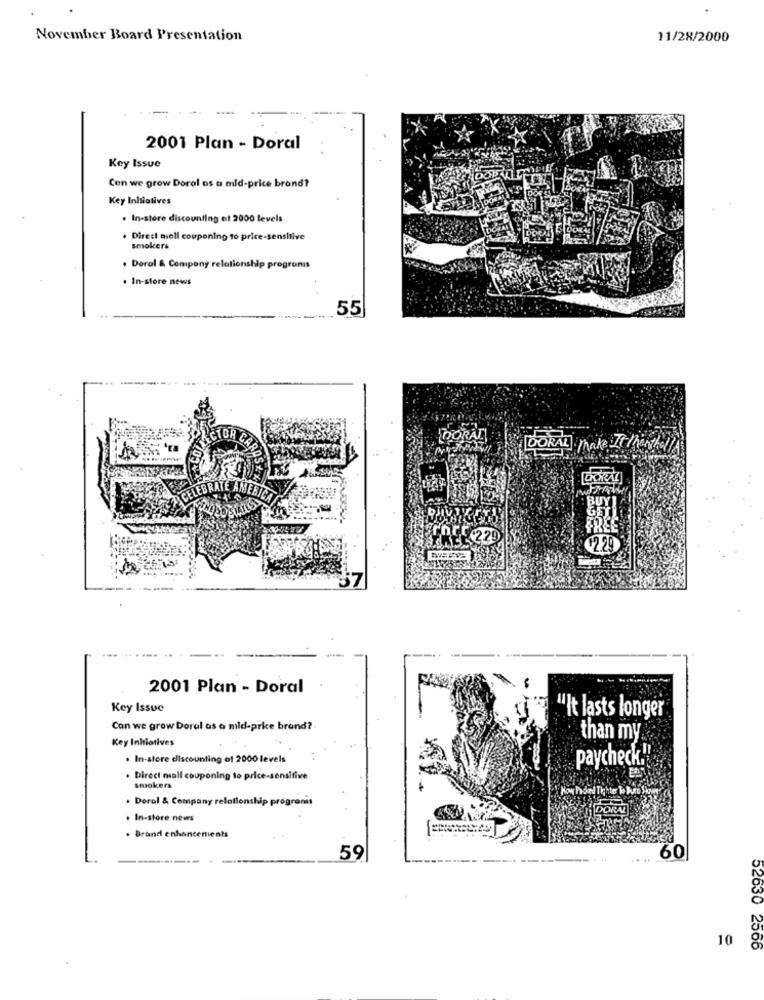
November Board Presentation
11/28/2000
2001 Plan - Doral
Key Issue
Con we grow Doral os a mid-price brand?
Key Inlsialives
. In-store discounting of 2000 levels
. Direci mell couponing to price-sensitive
smokers
. Deral & Company relationship pregronis
. In-store news
55
CTOR
DORAL
DORAL Make It intel
-
ACELEBRATE
rock.229
6220
2001 Plan - Doral
Key Issue
"It lasts longer
Can we grow Doral as a mid-pike brand?
than my
Key Initiatives
. In-store discounting of 2000 levels
paycheck."
. Direct mall couponing to price-sensitive
smokers
. Doral & Company relationship progronis
In-store news
. Brand enhancements
59
60
10
52630 2566